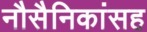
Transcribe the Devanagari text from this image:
नौसैनिकांसह